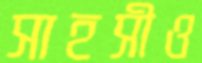
সাহসীও